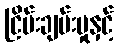
ငြိမ်းချမ်းမှုနှင့်